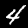
Label: 4